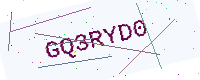
Text: GQ3RYD0